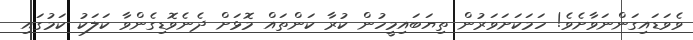
ވެވަޑައިގަންނަވާށެވެ! ހަމަކަށަވަރުން ތިޔަބައިމީހުން ކުރާ ކަންތައް މޮޅަށް ދެނެވޮޑިގެންވާ ކަލަކު ކަމުގައި